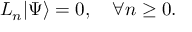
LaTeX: L _ { n } | \Psi \rangle = 0 , \quad \forall n \ge 0 .